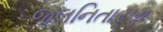
જલનિતારણ